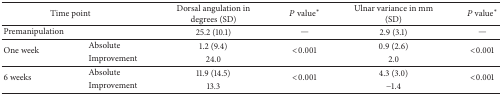
<table><thead><tr><td colspan="2"><b>Time point</b></td><td><b>Dorsal angulation in degrees (SD)</b></td><td><b><i>P</i> value∗</b></td><td><b>Ulnar variance in mm (SD)</b></td><td><b><i>P</i> value∗</b></td></tr></thead><tbody><tr><td>Premanipulation</td><td> </td><td>25.2 (10.1)</td><td>—</td><td>2.9 (3.1)</td><td>—</td></tr><tr><td rowspan="2">One week</td><td>Absolute</td><td>1.2 (9.4)</td><td rowspan="2">&lt;0.001</td><td>0.9 (2.6)</td><td rowspan="2">&lt;0.001</td></tr><tr><td>Improvement</td><td>24.0</td><td>2.0</td></tr><tr><td rowspan="2">6 weeks</td><td>Absolute</td><td>11.9 (14.5)</td><td rowspan="2">&lt;0.001</td><td>4.3 (3.0)</td><td rowspan="2">&lt;0.001</td></tr><tr><td>Improvement</td><td>13.3</td><td>−1.4</td></tr></tbody></table>